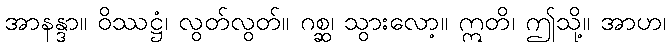
အာနန္ဒာ။ ဝိဿဋ္ဌံ၊ လွတ်လွတ်။ ဂစ္ဆ၊ သွားလော့။ ဣတိ၊ ဤသို့။ အာဟ၊